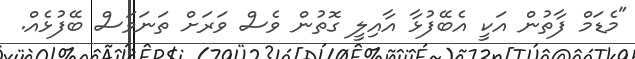
"މެޑަމް ފާތުން އަކީ އެބޭފުޅާ އާއިލީ ގޮތުން ވެސް ވަރަށް ތަނަވަސް ބޭފުޅެއް.